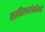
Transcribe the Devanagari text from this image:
साहित्यसंशोधने